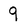
Character: 9